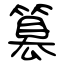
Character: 篡